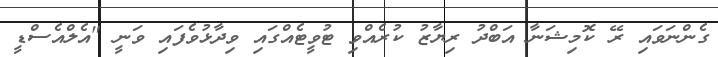
ގެންނަވައި ރޭ ކޮމިޝަނާ އަބްދު ރިޔާޒު ކުރެއްވި ޓުވީޓެއްގައި ވިދާޅުވެފައި ވަނީ "އެލްއެސްޑީ